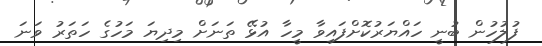
ފުލުހުން ބުނީ ހައްޔަރުކޮށްފައިވާ މީހާ އުޅޭ ތަނަށް މިދިޔަ މަހުގެ ހަތަރު ވަނަ